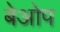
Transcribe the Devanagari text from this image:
बेओप